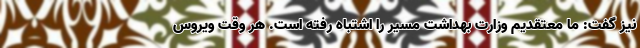
نیز گفت: ما معتقدیم وزارت بهداشت مسیر را اشتباه رفته است. هر وقت ویروس